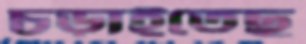
চড়াইতেছ